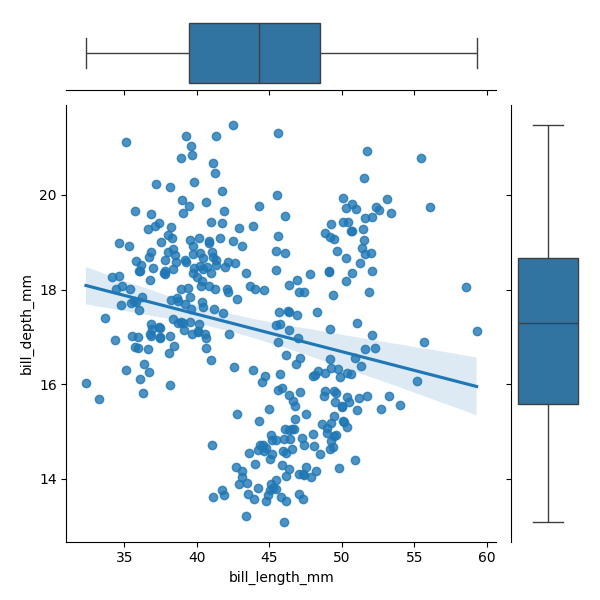
python, seaborn, JointGrid, regplot, boxplot